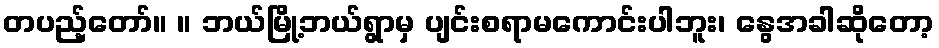
တပည့်တော်။ ။ ဘယ်မြို့ဘယ်ရွာမှ ပျင်းစရာမကောင်းပါဘူး၊ နွေအခါဆိုတော့